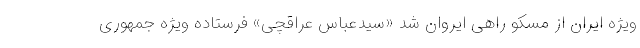
ویژه ایران از مسکو راهی ایروان شد «سیدعباس عراقچی» فرستاده ویژه جمهوری